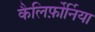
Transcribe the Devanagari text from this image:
कैलिर्फ़ोर्निया